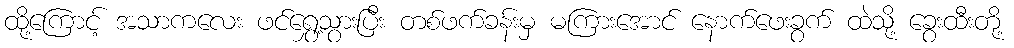
ထို့ကြောင့် အသာကလေး ဖင်ရွှေ့သွားပြီး တစ်ဖက်ခန်းမှ မကြားအောင် နောက်ဖေးခွက် ထဲသို့ ခွေးထီးတို့